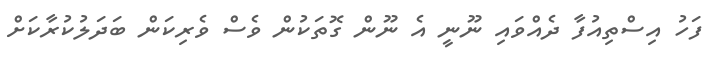
ފަހު އިސްތިއުފާ ދެއްވައި ނޫނީ އެ ނޫން ގޮތަކުން ވެސް ވެރިކަން ބަދަލުކުރާކަށް